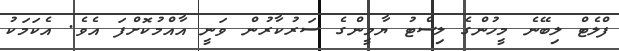
ފްލެޓް ލިބޭނެ މީހުންގެ ލިސްޓު ޔާމީންގެ ސަރުކާރުން ވަނީ އާއްމުކޮށްފަ އެވެ. އެކަމަކު